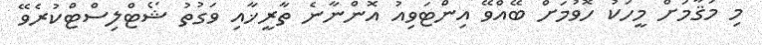
މި މަޤާމަށް މީހަކު ހޮވުމަށް ބޭއްވޭ އިންޓަވިއު އޮންނާނެ ތާރީޚާއި ވަގުތު ޝޯޓްލިސްޓްކުރެވޭ